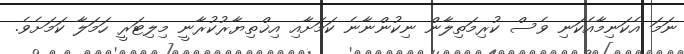
ނަމަ އެކަނިމާއެކަނި ވެސް ކުރިމަތިލާން ނިކުންނާނެ ކަމަށާއި އިޚްތިޔާރުކުރާނީ މިލިޓަރީ ހަމަލާ ކަމަށެެވެ.